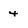
Character: 4